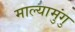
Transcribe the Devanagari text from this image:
माल्यामुंगु